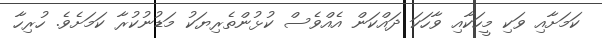
ކަމަށާއި ވަކި މީހަކާއި ވާހަކަ ދައްކަން އެއްވެސް ކުޅުންތެރިޔަކު މަޑުނުކުރާ ކަމަށެވެ. ހުރިހާ